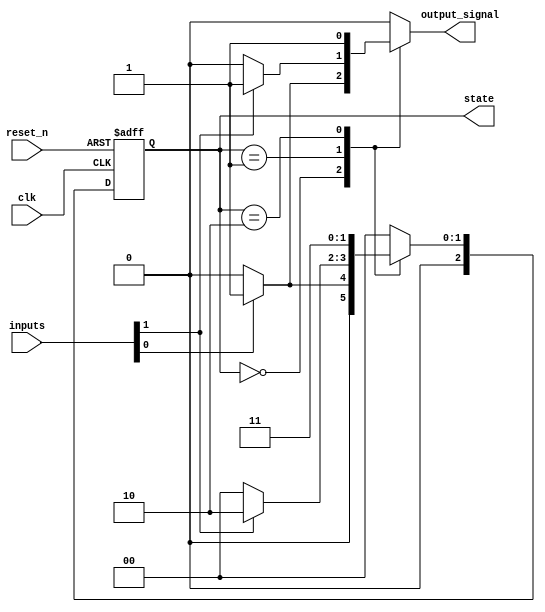
module MealyFSM #(
    parameter N = 3,             // Number of bits for the state
    parameter M = 2              // Number of inputs
)(
    input wire clk,              // Clock signal
    input wire reset_n,          // Active low reset
    input wire [M-1:0] inputs,   // Input signals
    output reg [N-1:0] state,    // Current state
    output reg output_signal      // Output signal
);

// State encoding
localparam STATE_0 = 3'b000;
localparam STATE_1 = 3'b001;
localparam STATE_2 = 3'b010;
localparam STATE_3 = 3'b011;
// Add more states as needed

// Next state logic
reg [N-1:0] next_state;

always @(*) begin
    case (state)
        STATE_0: begin
            if (inputs[0]) begin
                next_state = STATE_1;
                output_signal = 1'b1; // Output based on current state and input
            end else begin
                next_state = STATE_0;
                output_signal = 1'b0;
            end
        end
        
        STATE_1: begin
            if (inputs[1]) begin
                next_state = STATE_2;
                output_signal = 1'b1;
            end else begin
                next_state = STATE_0;
                output_signal = 1'b0;
            end
        end
        
        STATE_2: begin
            next_state = STATE_3;
            output_signal = 1'b1;
        end
        
        STATE_3: begin
            next_state = STATE_0;
            output_signal = 1'b0;
        end
        
        default: begin
            next_state = STATE_0;
            output_signal = 1'b0;
        end
    endcase
end

// State register
always @(posedge clk or negedge reset_n) begin
    if (!reset_n) begin
        state <= STATE_0; // Initialize to reset state
    end else begin
        state <= next_state; // Update state on clock edge
    end
end

endmodule